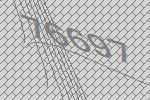
76697